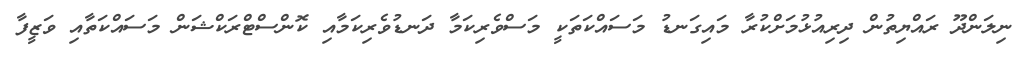
ނިލަންދޫ ރައްޔިތުން ދިރިއުޅުމަށްކުރާ މައިގަނޑު މަސައްކަތަކީ މަސްވެރިކަމާ ދަނޑުވެރިކަމާއި ކޮންސްޓްރަކްޝަން މަސައްކަތާއި ވަޒީފާ